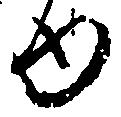
ゆ